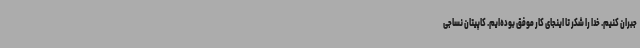
جبران کنیم. خدا را شکر تا اینجای کار موفق بوده‌ایم. کاپیتان نساجی